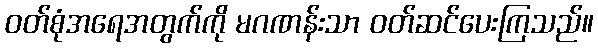
ဝတ်စုံအရေအတွက်ကို မဂဏန်းသာ ဝတ်ဆင်ပေးကြသည်။